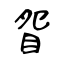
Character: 眢